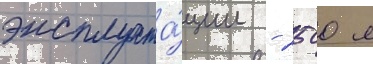
эксплуата́ции - 2500 л